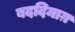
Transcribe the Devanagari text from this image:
बददिमाग़